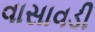
વાસાવડી